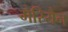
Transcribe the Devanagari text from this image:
मेरियैन